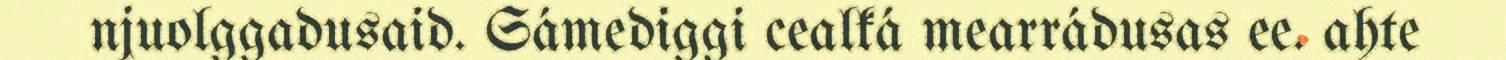
njuolggadusaid. Sámediggi cealká mearrádusas ee. ahte